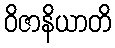
ဝိဇာနိယာတိ